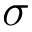
\sigma